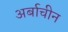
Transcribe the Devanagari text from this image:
अर्बाचीन